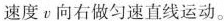
速度ν向右做匀速直线运动。